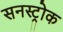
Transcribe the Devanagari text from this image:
सनस्ट्रोक